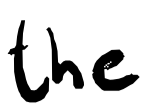
Text: the
Cross-out: clean
Writing tool: digital_black